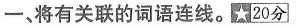
一、将有关联的词语连线。 20分